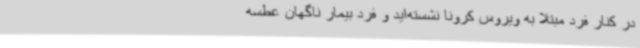
در کنار فرد مبتلا به ویروس کرونا نشسته‌اید و فرد بیمار ناگهان عطسه